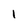
Character: I